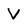
Character: V